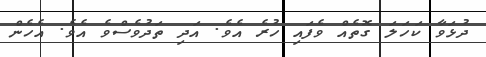
ދުޅަވާ ކަހަލަ ގޮތެއް ވެފައި ހުރެ އެވެ. އަދި ތަދުވެސްވެ އެވެ. އެހެން